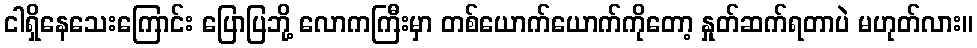
ငါရှိနေသေးကြောင်း ပြောပြဘို့ လောကကြီးမှာ တစ်ယောက်ယောက်ကိုတော့ နှုတ်ဆက်ရတာပဲ မဟုတ်လား။